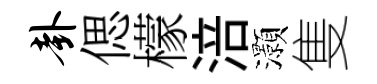
卦偲檬涪灝隻